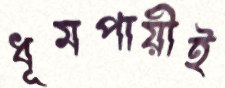
ধূমপায়ীই